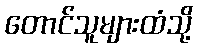
တောင်သူများထံသို့